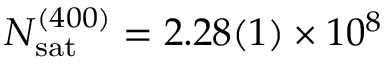
\ensuremath { N _ { \mathrm { s a t } } } ^ { ( 4 0 0 ) } = 2 . 2 8 ( 1 ) \times 1 0 ^ { 8 }